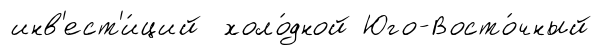
инв'ест'и́ций холо́дной Юго-Восто́чный